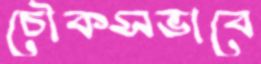
চৌকসভাবে